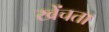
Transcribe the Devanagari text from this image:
खेंचता